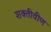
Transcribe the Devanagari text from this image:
शक्तीवीण